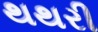
થથરી